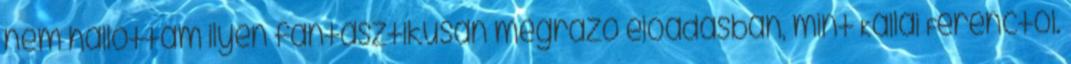
nem hallottam ilyen fantasztikusan megrázó előadásban, mint Kállai Ferenctől.